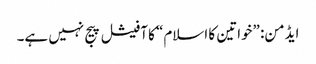
ایڈمن: ”خواتین کا اسلام“ کا آفیشل پیج نہیں ہے۔